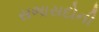
સભાસદોની